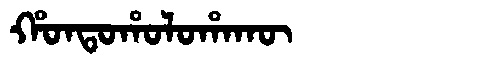
Manchu: ᡥᠣᠨᡨᠣᡥᠣᠯᠣᡥᠠᡴᡡ
Romanization: HONTOHOLOHAKŪ